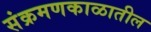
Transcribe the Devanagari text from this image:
संक्रमणकाळातील